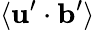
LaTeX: \langle{{\mathbf{u}}^{\prime}\cdot{\mathbf{b}}^{\prime}}\rangle